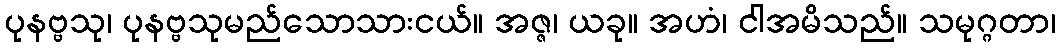
ပုနဗ္ဗသု၊ ပုနဗ္ဗသုမည်သောသားငယ်။ အဇ္ဇ၊ ယခု။ အဟံ၊ ငါအမိသည်။ သမုဂ္ဂတာ၊